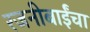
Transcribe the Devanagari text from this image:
रजनीबाईंचा